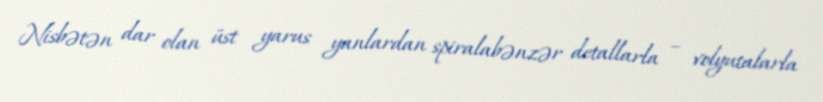
Nisbətən dar olan üst yarus yanlardan spiralabənzər detallarla – volyutalarla